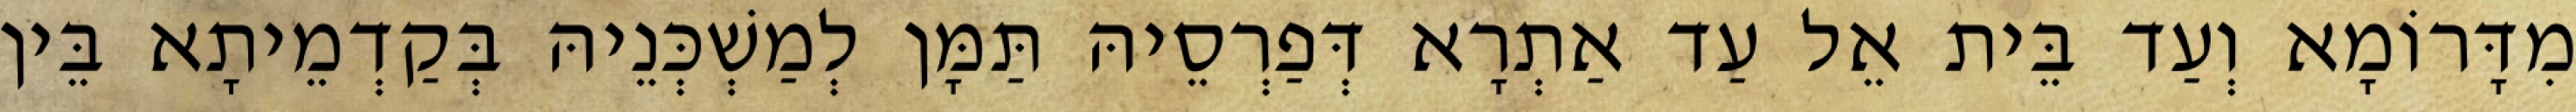
מִדָּרוֹמָא וְעַד בֵּית אֵל עַד אַתְרָא דְּפַרְסֵיהּ תַּמָּן לְמַשְׁכְּנֵיהּ בְּקַדְמֵיתָא בֵּין